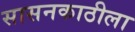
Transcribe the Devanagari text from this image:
सासनकाठीला